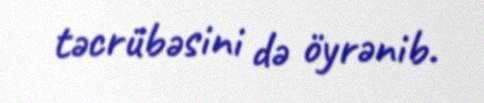
təcrübəsini də öyrənib.